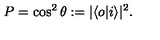
P = \cos ^ { 2 } \theta : = | \langle o | i \rangle | ^ { 2 } \/ .